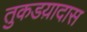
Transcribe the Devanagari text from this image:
तुकडय़ादास